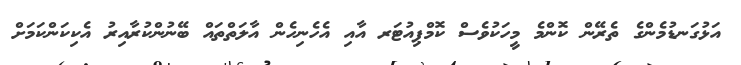
އަޅުގަނޑުމެންގެ ތެރޭން ކޮންމެ މީހަކުވެސް ކޮމްޕިއުޓަރ އާއި އެހެނިހެން އާލަތްތައް ބޭނުންކުރާއިރު އެކިކަންކަމަށް